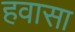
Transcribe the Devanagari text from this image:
हवासा